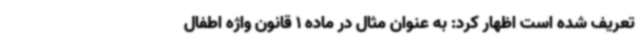
تعریف شده است اظهار کرد: به عنوان مثال در ماده 1 قانون واژه اطفال